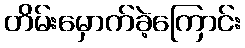
တိမ်းမှောက်ခဲ့ကြောင်း